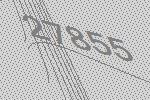
27855